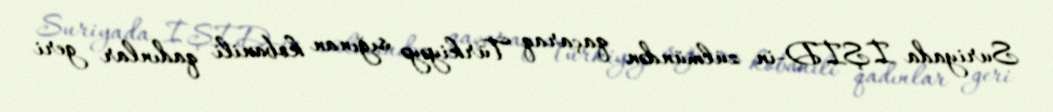
Suriyada İŞİD-in zülmündən qaçaraq Türkiyəyə sığınan kobanili qadınlar geri